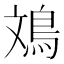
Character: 鳼